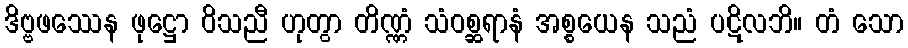
ဒိဗ္ဗဖဿေန ဖုဋ္ဌော ဝိသညီ ဟုတွာ တိဏ္ဏံ သံဝစ္ဆရာနံ အစ္စယေန သညံ ပဋိလဘိ။ တံ သော